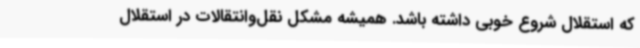
که استقلال شروع خوبی داشته باشد. همیشه مشکل نقل‌وانتقالات در استقلال